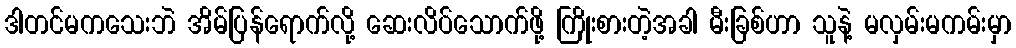
ဒါတင်မကသေးဘဲ အိမ်ပြန်ရောက်လို့ ဆေးလိပ်သောက်ဖို့ ကြိုးစားတဲ့အခါ မီးခြစ်ဟာ သူနဲ့ မလှမ်းမကမ်းမှာ